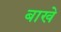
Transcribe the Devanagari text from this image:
बाखे